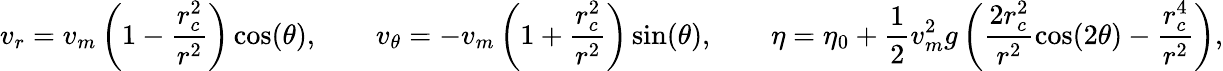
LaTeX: v_{r}=v_{m}\left(1-\frac{r_{c}^{2}}{r^{2}}\right)\cos(\theta),\qquad v_{\theta}=-v_{m}\left(1+\frac{r_{c}^{2}}{r^{2}}\right)\sin(\theta),\qquad\eta=\eta_{0}+\frac{1}{2}v_{m}^{2}g\left(\frac{2r_{c}^{2}}{r^{2}}\cos(2\theta)-\frac{r_{c}^{4}}{r^{2}}\right),